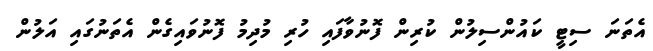
އެތަނަ ސިޓީ ކައުންސިލުން ކުރިން ފޮނުވާފައި ހުރި މުދިމު ފޮނުވައިގެން އެތަނުގައި އަލުން